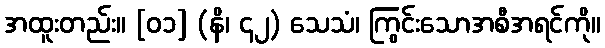
အထူးတည်း။ [၀၁] (နိ၊ ၄၂) သေသံ၊ ကြွင်းသောအစီအရင်ကို။